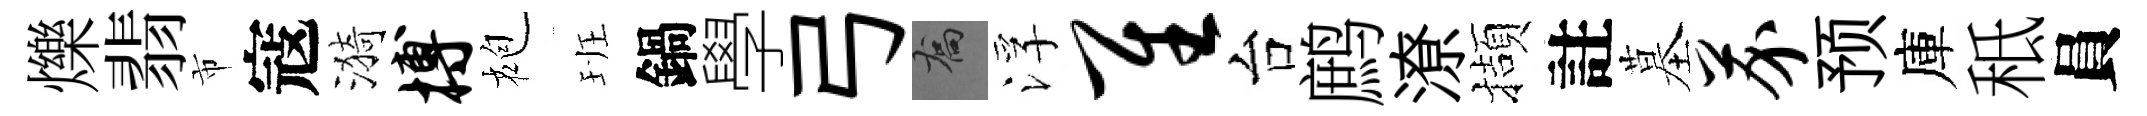
爍翡市寇漪搏袍班鍋學弓喬浮隹台鹧潦擷註墓芥预庫秪員